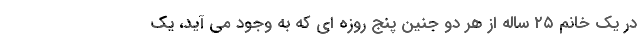
در یک خانم ۲۵ ساله از هر دو جنین پنج روزه ای که به وجود می آید، یک